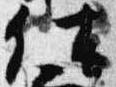
仕